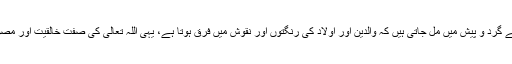
چنانچہ اس طرح کی نظیریں ہمیں اپنے گرد و پیش میں مل جاتی ہیں کہ والدین اور اولاد کی رنگتوں اور نقوش میں فرق ہوتا ہے، یہی اللہ تعالیٰ کی صفت خالقیت اور مصوری ہے اور اس کا تکوینی نظام ہے۔